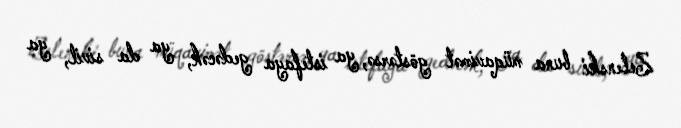
Zelenski buna müqavimət göstərsə, ya istefaya gedəcək, ya da sivil, ya